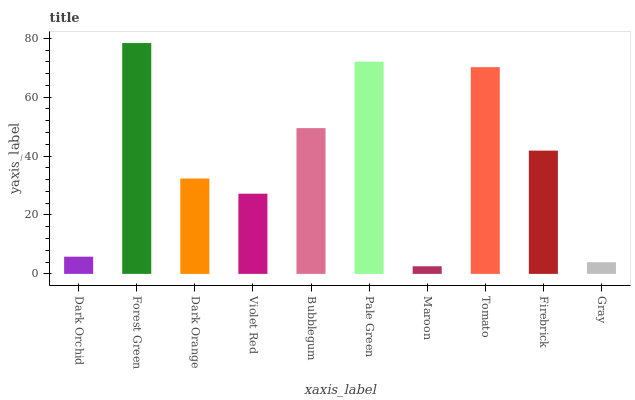
| xaxis_label | bars |
 | --- | --- |
 | Dark Orchid | 5.84 |
 | Forest Green | 78.4 |
 | Dark Orange | 32.4 |
 | Violet Red | 27.2 |
 | Bubblegum | 49.5 |
 | Pale Green | 72.1 |
 | Maroon | 2.59 |
 | Tomato | 70.2 |
 | Firebrick | 41.9 |
 | Gray | 3.95 |